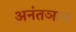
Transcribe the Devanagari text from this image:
अनंतञान